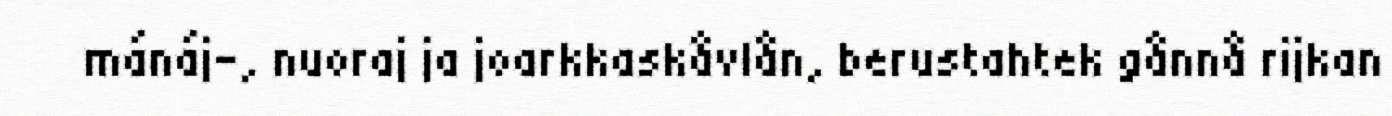
mánáj-, nuoraj ja joarkkaskåvlån, berustahtek gånnå rijkan